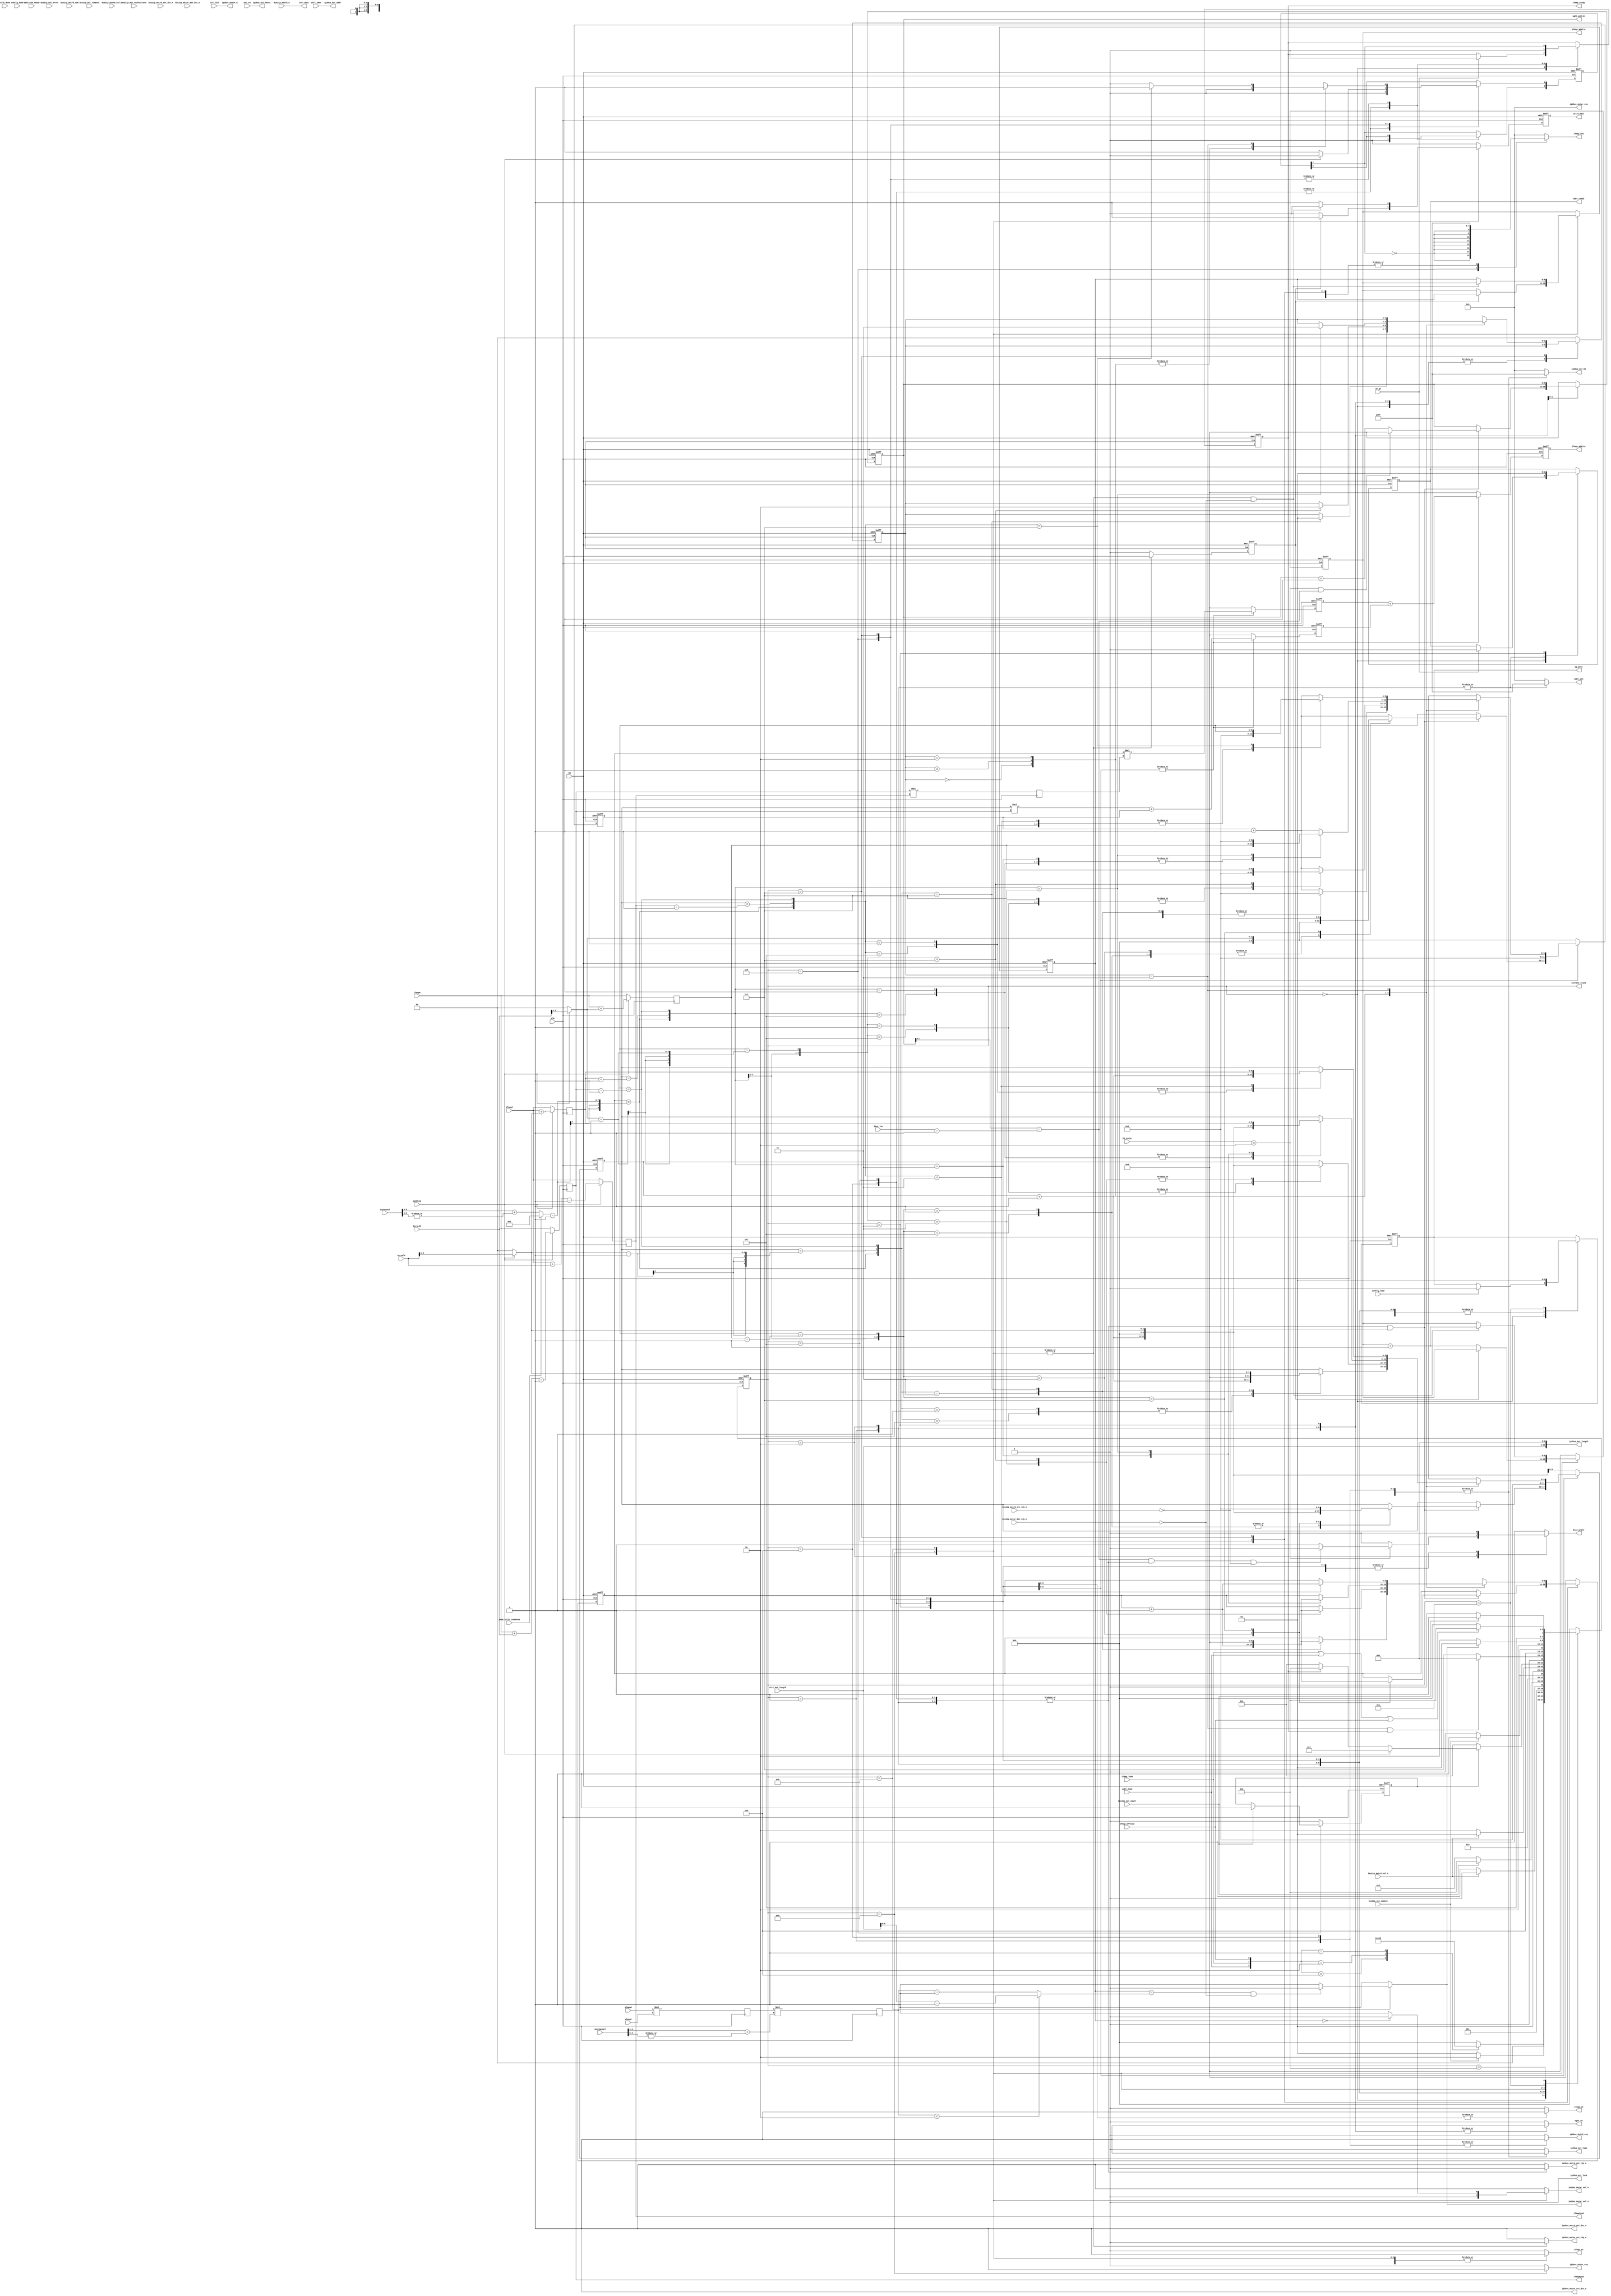
`timescale 1ns / 1ps
//////////////////////////////////////////////////////////////////////////////////
// Company: 
// Engineer: 
// 
// Design Name: 
// Module Name: data_fectch_ctrl
// Project Name: 
// Target Devices: 
// Tool Versions: 
// Description: 
// 
// Dependencies: 
// 
// Revision:
// Revision 0.01 - File Created
// Additional Comments:
// 
//////////////////////////////////////////////////////////////////////////////////

`define C_M_AXI_ADDR_WIDTH 32
`define C_M_AXI_DATA_WIDTH 64
`define C_MAX_BURST_LEN 256
`define C_ADDR_PIPE_DEPTH 1 
`define C_LENGTH_WIDTH 14
`define C_NATIVE_DATA_WIDTH 64

module data_fectch_ctrl(clk, rst, axi_rst, wght_load, ifmap_load, ofmap_offload, padding,
                        psum_split_condense, ifmapR, ifmapC, ofmapR, ofmapC, kernelR, kernelC, inchannel, outchannel, bias_len, ifmapRpad, ifmapCpad, current_state,
                        ifmap_en, wght_en, ofmap_en, config_load, config_done, op_go, ifmap_ready, wght_ready, op_done, bias_write, write_halt, ifmap_wen, wght_wen, 
                        ifmap_addrin, wght_addrin, ofmap_addrin, dataload_ready, tile_done, PE_state, 
                        ctrl_addr, ctrl_mst_length, ctrl_din, ctrl_dout,
                        ip2bus_mstrd_req, ip2bus_mstwr_req, ip2bus_mst_addr, ip2bus_mst_be, ip2bus_mst_length, ip2bus_mst_type, ip2bus_mst_lock, ip2bus_mst_reset, 
                        bus2ip_mst_cmdack, bus2ip_mst_cmplt, bus2ip_mst_error, bus2ip_mst_rearbitrate, bus2ip_mst_timeout,
                        bus2ip_mstrd_d, bus2ip_mstrd_rem, bus2ip_mstrd_sof_n, bus2ip_mstrd_eof_n, bus2ip_mstrd_src_rdy_n, bus2ip_mstrd_src_dsc_n, ip2bus_mstrd_dst_rdy_n, ip2bus_mstrd_dst_dsc_n, 
                        ip2bus_mstwr_d, ip2bus_mstwr_rem, ip2bus_mstwr_src_rdy_n, ip2bus_mstwr_src_dsc_n, ip2bus_mstwr_sof_n, ip2bus_mstwr_eof_n, bus2ip_mstwr_dst_rdy_n, bus2ip_mstwr_dst_dsc_n
                        );

parameter wd=8;
// FSM of data fetching controller
parameter idle=4'd0, load_wght_req=4'd1, load_wght_burst=4'd2, load_wght_cmplt=4'd3, load_ifmap_req=4'd4, load_ifmap_burst=4'd5, load_ifmap_cmplt=4'd6, ifmap_filling_zero=4'd7, offload_ofmap_req=4'd8, offload_ofmap_burst=4'd9, offload_ofmap_cmplt=4'd10, burst_clear=4'd11;
parameter fill_left=2'd0, fill_up=2'd1, fill_down=2'd2, fill_right=2'd3;
// FSM of computation controller
parameter load_tile_config=4'd1, load_data_b=4'd2, load_data=4'd3, PE_shift_wght=4'd4, slice_check=4'd5, MAC_op=4'd6, offload_ofmap=4'd7, ready_go=4'd8, pooling=4'd9;

// Data Fetch ctrl
input clk,rst,wght_load,ifmap_load,ofmap_offload,padding;

// Tile Shape Info
input psum_split_condense;
input [5:0] ifmapR,ifmapC,ofmapR,ofmapC;
input [2:0] kernelR,kernelC;
input [9:0] inchannel;
input [4:0] outchannel;
input [1:0] bias_len;
output [5:0] ifmapRpad,ifmapCpad;

// FSM
output [3:0] current_state;
reg [3:0] current_state, next_state;


// PE array ctrl
output reg ifmap_en,wght_en,ofmap_en,ifmap_ready,wght_ready,op_done,bias_write,write_halt;
output reg [7:0] ifmap_wen;
output reg [7:0] wght_wen;
output reg [9:0] ifmap_addrin;
output reg [9:0] wght_addrin;
output reg [9:0] ofmap_addrin;
input config_load,config_done,op_go,dataload_ready,tile_done;
input [3:0] PE_state;


// IPIC ctrl
input axi_rst;
input [`C_M_AXI_ADDR_WIDTH-1:0] ctrl_addr;
input [`C_LENGTH_WIDTH-1:3] ctrl_mst_length;
input [`C_NATIVE_DATA_WIDTH-1:0] ctrl_din;
output [`C_NATIVE_DATA_WIDTH-1:0] ctrl_dout;
//IPIC command Interface
output reg ip2bus_mstrd_req;
output reg ip2bus_mstwr_req;
output [`C_M_AXI_ADDR_WIDTH-1:0]ip2bus_mst_addr;
output reg [(`C_M_AXI_DATA_WIDTH/8)-1:0]ip2bus_mst_be;
output [`C_LENGTH_WIDTH-1:0]ip2bus_mst_length;
output reg ip2bus_mst_type;
output ip2bus_mst_lock;
output ip2bus_mst_reset;
input bus2ip_mst_cmdack;
input bus2ip_mst_cmplt;
input bus2ip_mst_error;
input bus2ip_mst_rearbitrate;
input bus2ip_mst_timeout;
//IPIC read
input [`C_NATIVE_DATA_WIDTH-1:0]bus2ip_mstrd_d;
input [(`C_M_AXI_DATA_WIDTH/8)-1:0]bus2ip_mstrd_rem;
input bus2ip_mstrd_sof_n;
input bus2ip_mstrd_eof_n;
input bus2ip_mstrd_src_rdy_n;
input bus2ip_mstrd_src_dsc_n;
output reg ip2bus_mstrd_dst_rdy_n;
output ip2bus_mstrd_dst_dsc_n;
//IPIC Write
output [`C_NATIVE_DATA_WIDTH-1:0]ip2bus_mstwr_d;
output [(`C_M_AXI_DATA_WIDTH/8)-1:0]ip2bus_mstwr_rem;
output reg ip2bus_mstwr_src_rdy_n;
output ip2bus_mstwr_src_dsc_n;
output reg ip2bus_mstwr_sof_n;
output reg ip2bus_mstwr_eof_n;
input bus2ip_mstwr_dst_rdy_n;
input bus2ip_mstwr_dst_dsc_n;


// data shape counters
wire [9:0] n_psum_slices,npslccon,npslcinch;
wire [1:0] outchsplit;
wire [5:0] Irref,Icref;
wire [9:0] Psplitref;
wire [2:0] ifmap_order_ovf;
wire [1:0] padr,padc;
reg [5:0] ifmapRpad,ifmapCpad,ifmapRinner,ifmapCinner;
reg [5:0] Iridx,Icidx;
reg [9:0] Psplitidx;
wire bias_ovf;
reg [9:0] i2dsize,slc_iaddrb_ic,slc_iaddrb_ps;
reg [9:0] o2dsize,ofmapsize;
wire [9:0] offofref;

reg [9:0] burst_cnt;

// state flags
wire zerofilled;
reg wr_cache,ifmapcmplt;
reg [1:0] fill_step,rdydly;

/*
                                                          ffffffffffffffff    iiii                      
                                                         f::::::::::::::::f  i::::i                     
                                                        f::::::::::::::::::f  iiii                      
                                                        f::::::fffffff:::::f                            
    cccccccccccccccc   ooooooooooo   nnnn  nnnnnnnn     f:::::f       ffffffiiiiiii    ggggggggg   ggggg
  cc:::::::::::::::c oo:::::::::::oo n:::nn::::::::nn   f:::::f             i:::::i   g:::::::::ggg::::g
 c:::::::::::::::::co:::::::::::::::on::::::::::::::nn f:::::::ffffff        i::::i  g:::::::::::::::::g
c:::::::cccccc:::::co:::::ooooo:::::onn:::::::::::::::nf::::::::::::f        i::::i g::::::ggggg::::::gg
c::::::c     ccccccco::::o     o::::o  n:::::nnnn:::::nf::::::::::::f        i::::i g:::::g     g:::::g 
c:::::c             o::::o     o::::o  n::::n    n::::nf:::::::ffffff        i::::i g:::::g     g:::::g 
c:::::c             o::::o     o::::o  n::::n    n::::n f:::::f              i::::i g:::::g     g:::::g 
c::::::c     ccccccco::::o     o::::o  n::::n    n::::n f:::::f              i::::i g::::::g    g:::::g 
c:::::::cccccc:::::co:::::ooooo:::::o  n::::n    n::::nf:::::::f            i::::::ig:::::::ggggg:::::g 
 c:::::::::::::::::co:::::::::::::::o  n::::n    n::::nf:::::::f            i::::::i g::::::::::::::::g 
  cc:::::::::::::::c oo:::::::::::oo   n::::n    n::::nf:::::::f            i::::::i  gg::::::::::::::g 
    cccccccccccccccc   ooooooooooo     nnnnnn    nnnnnnfffffffff            iiiiiiii    gggggggg::::::g 
                                                                                                g:::::g 
                                                                                    gggggg      g:::::g 
                                                                                    g:::::gg   gg:::::g 
                                                                                     g::::::ggg:::::::g 
                                                                                      gg:::::::::::::g  
                                                                                        ggg::::::ggg    
                                                                                           gggggg       
*/

// tile config calculation
assign npslccon=10'd1;
assign npslcinch={3'd0, inchannel[9:3] + ( |inchannel[2:0] ) };
assign n_psum_slices=psum_split_condense ? npslccon : npslcinch;
assign outchsplit=outchannel[4:3] + ( |outchannel[2:0] );
assign Irref=ifmapRinner-1'b1;
assign Icref=ifmapCinner-1'b1;
assign offofref= ofmapsize<2 ? ctrl_mst_length-1'b1 : ofmapsize-1'b1;
assign padr=padding ? kernelR[2:1] : 2'd0;
assign padc=padding ? kernelC[2:1] : 2'd0;
assign Psplitref=n_psum_slices-1'b1;
assign ifmap_order_ovf={Psplitidx==Psplitref, Icidx==Icref, Iridx==Irref};

assign bias_ovf = wght_addrin[1:0]==bias_len-1'b1;
assign zerofilled = (fill_step==2'd3 && ifmap_ready==1'b1);

// addr gen pipeline
always @(posedge clk) 
begin
    i2dsize<=ifmapRpad*ifmapCpad;
    o2dsize<=ofmapR*ofmapC;
    ofmapsize<=o2dsize*outchsplit;

    if (padding) 
    begin
        ifmapCpad<=ifmapC+kernelC-1'b1;
        ifmapRpad<=ifmapR+kernelR-1'b1;
        ifmapCinner<=ifmapC+padc;
        ifmapRinner<=ifmapR+padr;
    end 
    else 
    begin
        ifmapCpad<=ifmapC;
        ifmapRpad<=ifmapR;
        ifmapCinner<=ifmapC;
        ifmapRinner=ifmapR;
    end
end

// IPIC 
assign ip2bus_mstwr_rem = 8'b00000000;
assign ip2bus_mstwr_d = ctrl_din;
assign ctrl_dout = bus2ip_mstrd_d;
assign ip2bus_mst_addr = ctrl_addr;
assign ip2bus_mst_length = {ctrl_mst_length,3'b0};
assign ip2bus_mst_lock = 1'b0;
assign ip2bus_mst_reset = axi_rst;

/*
FFFFFFFFFFFFFFFFFFFFFF   SSSSSSSSSSSSSSS MMMMMMMM               MMMMMMMM
F::::::::::::::::::::F SS:::::::::::::::SM:::::::M             M:::::::M
F::::::::::::::::::::FS:::::SSSSSS::::::SM::::::::M           M::::::::M
FF::::::FFFFFFFFF::::FS:::::S     SSSSSSSM:::::::::M         M:::::::::M
  F:::::F       FFFFFFS:::::S            M::::::::::M       M::::::::::M
  F:::::F             S:::::S            M:::::::::::M     M:::::::::::M
  F::::::FFFFFFFFFF    S::::SSSS         M:::::::M::::M   M::::M:::::::M
  F:::::::::::::::F     SS::::::SSSSS    M::::::M M::::M M::::M M::::::M
  F:::::::::::::::F       SSS::::::::SS  M::::::M  M::::M::::M  M::::::M
  F::::::FFFFFFFFFF          SSSSSS::::S M::::::M   M:::::::M   M::::::M
  F:::::F                         S:::::SM::::::M    M:::::M    M::::::M
  F:::::F                         S:::::SM::::::M     MMMMM     M::::::M
FF:::::::FF           SSSSSSS     S:::::SM::::::M               M::::::M
F::::::::FF           S::::::SSSSSS:::::SM::::::M               M::::::M
F::::::::FF           S:::::::::::::::SS M::::::M               M::::::M
FFFFFFFFFFF            SSSSSSSSSSSSSSS   MMMMMMMM               MMMMMMMM
*/

always @(posedge clk or posedge rst) 
begin
    if (rst) 
        current_state <= idle; 
    else 
        current_state <= next_state; 
end

always @(current_state or bus2ip_mst_cmdack or wght_load or ifmap_load or ofmap_offload or bus2ip_mstrd_sof_n or bus2ip_mstrd_eof_n or bus2ip_mst_cmplt or padding or zerofilled or ip2bus_mstwr_sof_n or ip2bus_mstwr_eof_n or ifmapcmplt or ifmap_ready) 
begin
    case (current_state)
        idle: 
        begin
            // if (burst_trig) begin
            //     next_state=idle;
            // end else begin
            case ({wght_load,ifmap_load,ofmap_offload})
                3'b100: next_state=load_wght_req;
                3'b010: next_state=load_ifmap_req;
                3'b001: next_state=offload_ofmap_req;
                default: next_state=idle;
            endcase
            //end
        end
        load_wght_req:
        begin
            if (!bus2ip_mst_cmdack)
                next_state=load_wght_req;
            else
                next_state=load_wght_burst;
        end
        load_wght_burst:
        begin
            if (bus2ip_mstrd_eof_n)
                next_state=load_wght_burst;
            else
                next_state=load_wght_cmplt;
        end
        load_wght_cmplt:
        begin
            if (bus2ip_mst_cmplt)
                next_state=burst_clear;
            else
                next_state=load_wght_cmplt;
        end
        load_ifmap_req:
        begin
            if (!bus2ip_mst_cmdack)
                next_state=load_ifmap_req;
            else
                next_state=load_ifmap_burst;
        end
        load_ifmap_burst:
        begin
            if (bus2ip_mstrd_eof_n)
                next_state=load_ifmap_burst;
            else
                next_state=load_ifmap_cmplt;
        end
        load_ifmap_cmplt:
        begin
            if (ifmapcmplt) begin
                if (padding) begin
                    next_state=ifmap_filling_zero; 
                end else begin
                    if (ifmap_ready) 
                        next_state=burst_clear;
                    else 
                        next_state=load_ifmap_cmplt;
                end
            end else begin
                next_state=load_ifmap_cmplt;
            end
        end
        ifmap_filling_zero:
        begin
            if (zerofilled)
                next_state=idle;
            else
                next_state=ifmap_filling_zero;
        end
        offload_ofmap_req:
        begin
            if (!bus2ip_mst_cmdack)
                next_state=offload_ofmap_req;
            else
                next_state=offload_ofmap_burst;
        end
        offload_ofmap_burst:
        begin
            if (ip2bus_mstwr_eof_n) 
                next_state=offload_ofmap_burst;
            else
                next_state=offload_ofmap_cmplt;
        end
        offload_ofmap_cmplt:
        begin
            if (bus2ip_mst_cmplt)
                next_state=burst_clear;
            else
                next_state=offload_ofmap_cmplt;
        end
        burst_clear:
        begin
            if (ifmap_load || wght_load || ofmap_offload) begin
                next_state=burst_clear;
            end else begin
                next_state=idle;
            end
        end
        default: 
            next_state=idle;
    endcase
end

/*
                                                                                                           bbbbbbbb            
DDDDDDDDDDDDD      FFFFFFFFFFFFFFFFFFFFFF             CCCCCCCCCCCCC                                        b::::::b            
D::::::::::::DDD   F::::::::::::::::::::F          CCC::::::::::::C                                        b::::::b            
D:::::::::::::::DD F::::::::::::::::::::F        CC:::::::::::::::C                                        b::::::b            
DDD:::::DDDDD:::::DFF::::::FFFFFFFFF::::F       C:::::CCCCCCCC::::C                                         b:::::b            
  D:::::D    D:::::D F:::::F       FFFFFF      C:::::C       CCCCCC   ooooooooooo      mmmmmmm    mmmmmmm   b:::::bbbbbbbbb    
  D:::::D     D:::::DF:::::F                  C:::::C               oo:::::::::::oo  mm:::::::m  m:::::::mm b::::::::::::::bb  
  D:::::D     D:::::DF::::::FFFFFFFFFF        C:::::C              o:::::::::::::::om::::::::::mm::::::::::mb::::::::::::::::b 
  D:::::D     D:::::DF:::::::::::::::F        C:::::C              o:::::ooooo:::::om::::::::::::::::::::::mb:::::bbbbb:::::::b
  D:::::D     D:::::DF:::::::::::::::F        C:::::C              o::::o     o::::om:::::mmm::::::mmm:::::mb:::::b    b::::::b
  D:::::D     D:::::DF::::::FFFFFFFFFF        C:::::C              o::::o     o::::om::::m   m::::m   m::::mb:::::b     b:::::b
  D:::::D     D:::::DF:::::F                  C:::::C              o::::o     o::::om::::m   m::::m   m::::mb:::::b     b:::::b
  D:::::D    D:::::D F:::::F                   C:::::C       CCCCCCo::::o     o::::om::::m   m::::m   m::::mb:::::b     b:::::b
DDD:::::DDDDD:::::DFF:::::::FF                  C:::::CCCCCCCC::::Co:::::ooooo:::::om::::m   m::::m   m::::mb:::::bbbbbb::::::b
D:::::::::::::::DD F::::::::FF                   CC:::::::::::::::Co:::::::::::::::om::::m   m::::m   m::::mb::::::::::::::::b 
D::::::::::::DDD   F::::::::FF                     CCC::::::::::::C oo:::::::::::oo m::::m   m::::m   m::::mb:::::::::::::::b  
DDDDDDDDDDDDD      FFFFFFFFFFF                        CCCCCCCCCCCCC   ooooooooooo   mmmmmm   mmmmmm   mmmmmmbbbbbbbbbbbbbbbb   
*/

assign ip2bus_mstwr_src_dsc_n = 1'b1;
assign ip2bus_mstrd_dst_dsc_n = 1'b1;

always @(current_state) 
begin
    case (current_state)
        idle: 
        begin
            ip2bus_mstrd_req=1'b0;
            ip2bus_mstwr_req=1'b0;
            ip2bus_mst_be=8'b00000000;
            ip2bus_mst_type=1'b0;
        end
        load_wght_req:
        begin
            ip2bus_mstrd_req=1'b1;
            ip2bus_mstwr_req=1'b0;
            ip2bus_mst_be=8'b11111111;
            ip2bus_mst_type=1'b1;
        end
        load_ifmap_req:
        begin
            ip2bus_mstrd_req=1'b1;
            ip2bus_mstwr_req=1'b0;
            ip2bus_mst_be=8'b11111111;
            ip2bus_mst_type=1'b1;
        end
        offload_ofmap_req:
        begin
            ip2bus_mstrd_req=1'b0;
            ip2bus_mstwr_req=1'b1;
            ip2bus_mst_be=8'b11111111;
            ip2bus_mst_type=1'b1;
        end
        default: 
        begin
            ip2bus_mstrd_req=1'b0;
            ip2bus_mstwr_req=1'b0;
            ip2bus_mst_be=8'b00000000;
            ip2bus_mst_type=1'b0;
        end
    endcase
end



always @(current_state or burst_cnt or offofref or bus2ip_mstwr_dst_rdy_n) 
begin
    case (current_state)
        idle: 
        begin
            ip2bus_mstrd_dst_rdy_n=1'b1;
            ip2bus_mstwr_src_rdy_n=1'b1;
            ip2bus_mstwr_sof_n=1'b1;
            ip2bus_mstwr_eof_n=1'b1;
        end
        load_wght_req,load_wght_burst,load_ifmap_req,load_ifmap_burst:
        begin
            ip2bus_mstrd_dst_rdy_n=1'b0;
            ip2bus_mstwr_src_rdy_n=1'b1;
            ip2bus_mstwr_sof_n=1'b1;
            ip2bus_mstwr_eof_n=1'b1;
        end
        load_wght_cmplt,load_ifmap_cmplt,ifmap_filling_zero,offload_ofmap_cmplt:
        begin
            ip2bus_mstrd_dst_rdy_n=1'b1;
            ip2bus_mstwr_src_rdy_n=1'b1;
            ip2bus_mstwr_sof_n=1'b1;
            ip2bus_mstwr_eof_n=1'b1;
        end
        offload_ofmap_req:
        begin
            ip2bus_mstrd_dst_rdy_n=1'b1;
            ip2bus_mstwr_src_rdy_n=1'b0;
            ip2bus_mstwr_sof_n=1'b0;
            ip2bus_mstwr_eof_n=1'b1;
        end
        offload_ofmap_burst:
        begin
            ip2bus_mstrd_dst_rdy_n=1'b1;
            ip2bus_mstwr_src_rdy_n=1'b0;

            if (burst_cnt==10'd0) 
                ip2bus_mstwr_sof_n=1'b0;
            else 
                ip2bus_mstwr_sof_n=1'b1;

            if (burst_cnt==offofref && !bus2ip_mstwr_dst_rdy_n)
                ip2bus_mstwr_eof_n=1'b0;
            else
                ip2bus_mstwr_eof_n=1'b1;
        end
        default: 
        begin
            ip2bus_mstrd_dst_rdy_n=1'b1;
            ip2bus_mstwr_src_rdy_n=1'b1;
            ip2bus_mstwr_sof_n=1'b1;
            ip2bus_mstwr_eof_n=1'b1;
        end
    endcase
end



/*
PPPPPPPPPPPPPPPPP   EEEEEEEEEEEEEEEEEEEEEE             CCCCCCCCCCCCC                                        b::::::b            
P::::::::::::::::P  E::::::::::::::::::::E          CCC::::::::::::C                                        b::::::b            
P::::::PPPPPP:::::P E::::::::::::::::::::E        CC:::::::::::::::C                                        b::::::b            
PP:::::P     P:::::PEE::::::EEEEEEEEE::::E       C:::::CCCCCCCC::::C                                         b:::::b            
  P::::P     P:::::P  E:::::E       EEEEEE      C:::::C       CCCCCC   ooooooooooo      mmmmmmm    mmmmmmm   b:::::bbbbbbbbb    
  P::::P     P:::::P  E:::::E                  C:::::C               oo:::::::::::oo  mm:::::::m  m:::::::mm b::::::::::::::bb  
  P::::PPPPPP:::::P   E::::::EEEEEEEEEE        C:::::C              o:::::::::::::::om::::::::::mm::::::::::mb::::::::::::::::b 
  P:::::::::::::PP    E:::::::::::::::E        C:::::C              o:::::ooooo:::::om::::::::::::::::::::::mb:::::bbbbb:::::::b
  P::::PPPPPPPPP      E:::::::::::::::E        C:::::C              o::::o     o::::om:::::mmm::::::mmm:::::mb:::::b    b::::::b
  P::::P              E::::::EEEEEEEEEE        C:::::C              o::::o     o::::om::::m   m::::m   m::::mb:::::b     b:::::b
  P::::P              E:::::E                  C:::::C              o::::o     o::::om::::m   m::::m   m::::mb:::::b     b:::::b
  P::::P              E:::::E       EEEEEE      C:::::C       CCCCCCo::::o     o::::om::::m   m::::m   m::::mb:::::b     b:::::b
PP::::::PP          EE::::::EEEEEEEE:::::E       C:::::CCCCCCCC::::Co:::::ooooo:::::om::::m   m::::m   m::::mb:::::bbbbbb::::::b
P::::::::P          E::::::::::::::::::::E        CC:::::::::::::::Co:::::::::::::::om::::m   m::::m   m::::mb::::::::::::::::b 
P::::::::P          E::::::::::::::::::::E          CCC::::::::::::C oo:::::::::::oo m::::m   m::::m   m::::mb:::::::::::::::b  
PPPPPPPPPP          EEEEEEEEEEEEEEEEEEEEEE             CCCCCCCCCCCCC   ooooooooooo   mmmmmm   mmmmmm   mmmmmmbbbbbbbbbbbbbbbb   
*/

always @(current_state or PE_state or bias_ovf or ip2bus_mstrd_dst_rdy_n or bus2ip_mstrd_src_rdy_n or rdydly) 
begin
    case (current_state)
        idle: 
        begin
            ifmap_en=1'b0;
            wght_en=1'b0;
            ofmap_en=1'b0;
            ifmap_wen=8'b00000000;
            wght_wen=8'b00000000;
            bias_write=1'b1;
        end
        load_wght_req:
        begin
            ifmap_en=1'b0;
            wght_en=1'b1;
            ofmap_en=1'b0;
            ifmap_wen=8'b00000000;
            wght_wen=8'b11111111;
            bias_write=1'b1;
        end
        load_wght_burst:
        begin
            ifmap_en=1'b0;
            wght_en=1'b1;
            ofmap_en=1'b0;
            ifmap_wen=8'b00000000;
            wght_wen=8'b11111111;
            if (PE_state==load_data_b) 
            begin
                if (bias_ovf && !ip2bus_mstrd_dst_rdy_n && !bus2ip_mstrd_src_rdy_n) 
                    bias_write=1'b0;
                else 
                    bias_write=1'b1;
            end 
            else 
                bias_write=1'b0;
        end
        load_wght_cmplt:
        begin
            ifmap_en=1'b0;
            wght_en=1'b1;
            ofmap_en=1'b0;
            ifmap_wen=8'b00000000;
            wght_wen=8'b00000000;
            bias_write=1'b0;
        end
        load_ifmap_req:
        begin
            ifmap_en=1'b1;
            wght_en=1'b0;
            ofmap_en=1'b0;
            ifmap_wen=8'b11111111;
            wght_wen=8'b00000000;
            bias_write=1'b0;
        end
        load_ifmap_burst:
        begin
            ifmap_en=1'b1;
            wght_en=1'b0;
            ofmap_en=1'b0;
            ifmap_wen=8'b11111111;
            wght_wen=8'b00000000;
            bias_write=1'b0;
        end
        load_ifmap_cmplt:
        begin
            ifmap_en=1'b1;
            wght_en=1'b0;
            ofmap_en=1'b0;
            ifmap_wen={8{~rdydly[1]}};
            wght_wen=8'b00000000;
            bias_write=1'b0;
        end
        ifmap_filling_zero:
        begin
            ifmap_en=1'b1;
            wght_en=1'b0;
            ofmap_en=1'b0;
            ifmap_wen=8'b11111111;
            wght_wen=8'b00000000;
            bias_write=1'b0;
        end
        offload_ofmap_req:
        begin
            ifmap_en=1'b0;
            wght_en=1'b0;
            ofmap_en=1'b1;
            ifmap_wen=8'b00000000;
            wght_wen=8'b00000000;
            bias_write=1'b0;
        end
        offload_ofmap_burst:
        begin
            ifmap_en=1'b0;
            wght_en=1'b0;
            ofmap_en=1'b1;
            ifmap_wen=8'b00000000;
            wght_wen=8'b00000000;
            bias_write=1'b0;
        end
        offload_ofmap_cmplt:
        begin
            ifmap_en=1'b0;
            wght_en=1'b0;
            ofmap_en=1'b1;
            ifmap_wen=8'b00000000;
            wght_wen=8'b00000000;
            bias_write=1'b0;
        end
        default: 
        begin
            ifmap_en=1'b0;
            wght_en=1'b0;
            ofmap_en=1'b0;
            ifmap_wen=8'b00000000;
            wght_wen=8'b00000000;
            bias_write=1'b1;
        end
    endcase
end


/*
PPPPPPPPPPPPPPPPP   EEEEEEEEEEEEEEEEEEEEEE        SSSSSSSSSSSSSSS                                         
P::::::::::::::::P  E::::::::::::::::::::E      SS:::::::::::::::S                                        
P::::::PPPPPP:::::P E::::::::::::::::::::E     S:::::SSSSSS::::::S                                        
PP:::::P     P:::::PEE::::::EEEEEEEEE::::E     S:::::S     SSSSSSS                                        
  P::::P     P:::::P  E:::::E       EEEEEE     S:::::S                eeeeeeeeeeee       qqqqqqqqq   qqqqq
  P::::P     P:::::P  E:::::E                  S:::::S              ee::::::::::::ee    q:::::::::qqq::::q
  P::::PPPPPP:::::P   E::::::EEEEEEEEEE         S::::SSSS          e::::::eeeee:::::ee q:::::::::::::::::q
  P:::::::::::::PP    E:::::::::::::::E          SS::::::SSSSS    e::::::e     e:::::eq::::::qqqqq::::::qq
  P::::PPPPPPPPP      E:::::::::::::::E            SSS::::::::SS  e:::::::eeeee::::::eq:::::q     q:::::q 
  P::::P              E::::::EEEEEEEEEE               SSSSSS::::S e:::::::::::::::::e q:::::q     q:::::q 
  P::::P              E:::::E                              S:::::Se::::::eeeeeeeeeee  q:::::q     q:::::q 
  P::::P              E:::::E       EEEEEE                 S:::::Se:::::::e           q::::::q    q:::::q 
PP::::::PP          EE::::::EEEEEEEE:::::E     SSSSSSS     S:::::Se::::::::e          q:::::::qqqqq:::::q 
P::::::::P          E::::::::::::::::::::E     S::::::SSSSSS:::::S e::::::::eeeeeeee   q::::::::::::::::q 
P::::::::P          E::::::::::::::::::::E     S:::::::::::::::SS   ee:::::::::::::e    qq::::::::::::::q 
PPPPPPPPPP          EEEEEEEEEEEEEEEEEEEEEE      SSSSSSSSSSSSSSS       eeeeeeeeeeeeee      qqqqqqqq::::::q 
                                                                                                  q:::::q 
                                                                                                  q:::::q 
                                                                                                 q:::::::q
                                                                                                 q:::::::q
                                                                                                 q:::::::q
                                                                                                 qqqqqqqqq
*/

always @(posedge clk or posedge rst) 
begin
    if (rst) begin
        ifmap_ready<=1'b0;
        wght_ready<=1'b0;
        op_done<=1'b0;
        ifmap_addrin<=10'd0;
        wght_addrin<=10'd0;
        ofmap_addrin<=10'd0;
        Iridx<=5'd0;
        Icidx<=5'd0;
        Psplitidx<=10'd0;
        slc_iaddrb_ps<=10'd0;
        slc_iaddrb_ic<=10'd0;
        fill_step<=2'd0;
        rdydly<=2'd0;
        burst_cnt<=10'd0;
        write_halt<=1'b0;
        wr_cache<=1'b0;
        ifmapcmplt<=1'b0;
    end else begin
        case (current_state)
            idle: 
            begin
                if (op_go) 
                begin
                    ifmap_ready<=1'b0;
                    wght_ready<=1'b0;
                end 
                else 
                begin
                    ifmap_ready<=ifmap_ready;
                    wght_ready<=wght_ready;
                end

                if (config_load) 
                    op_done<=1'b0;
                else 
                    op_done<=op_done;

                ifmap_addrin<=10'd0;
                wght_addrin<=10'd0;
                ofmap_addrin<=10'd0;
                Iridx<={3'd0,padr};
                Icidx<={3'd0,padc};
                Psplitidx<=10'd0;
                slc_iaddrb_ps<=10'd0;
                slc_iaddrb_ic<=10'd0;
                fill_step<=fill_step;
                rdydly<=rdydly;
                burst_cnt<=ofmap_addrin;
                write_halt<=1'b0;
                wr_cache<=1'b0;
                ifmapcmplt<=1'b0;
            end
            load_wght_req:
            begin
                ifmap_ready<=ifmap_ready;
                wght_ready<=1'b0;
                op_done<=1'b0;
                ifmap_addrin<=10'd0;
                wght_addrin<=10'd0;
                ofmap_addrin<=10'd0;
                Iridx<={3'd0,padr};
                Icidx<={3'd0,padc};
                Psplitidx<=10'd0;
                slc_iaddrb_ps<=10'd0;
                slc_iaddrb_ic<=10'd0;
                fill_step<=fill_step;
                rdydly<=rdydly;
                burst_cnt<=ofmap_addrin;
                write_halt<=1'b0;
                wr_cache<=1'b0;
                ifmapcmplt<=1'b0;
            end
            load_wght_burst:
            begin
                ifmap_ready<=ifmap_ready;
                wght_ready<=1'b0;
                op_done<=1'b0;
                ifmap_addrin<=10'd0;                
                ofmap_addrin<=10'd0;
                Iridx<={3'd0,padr};
                Icidx<={3'd0,padc};
                Psplitidx<=10'd0;
                slc_iaddrb_ps<=10'd0;
                slc_iaddrb_ic<=10'd0;
                fill_step<=fill_step;
                rdydly<=rdydly;
                burst_cnt<=ofmap_addrin;
                write_halt<=1'b0;
                wr_cache<=1'b0;
                ifmapcmplt<=1'b0;

                if (!ip2bus_mstrd_dst_rdy_n && !bus2ip_mstrd_src_rdy_n) 
                begin
                    if ((PE_state==load_data_b) && bias_ovf) begin
                        wght_addrin<=10'd0;
                    end else begin
                        wght_addrin<=wght_addrin+1'b1;
                    end
                end else begin
                    wght_addrin<=wght_addrin;
                end
            end
            load_wght_cmplt:
            begin
                ifmap_ready<=ifmap_ready;
                wght_ready<=1'b1;
                op_done<=1'b0;
                ifmap_addrin<=10'd0;
                wght_addrin<=wght_addrin;
                ofmap_addrin<=10'd0;
                Iridx<={3'd0,padr};
                Icidx<={3'd0,padc};
                Psplitidx<=10'd0;
                slc_iaddrb_ps<=10'd0;
                slc_iaddrb_ic<=10'd0;
                fill_step<=fill_step;
                rdydly<=rdydly;
                burst_cnt<=ofmap_addrin;
                write_halt<=1'b0;
                wr_cache<=1'b0;
                ifmapcmplt<=1'b0;
            end
            load_ifmap_req:
            begin
                ifmap_ready<=1'b0;
                wght_ready<=wght_ready;
                op_done<=1'b0;
                ifmap_addrin<=10'd0;
                wght_addrin<=10'd0;
                ofmap_addrin<=10'd0;
                Iridx<={3'd0,padr};
                Icidx<={3'd0,padc};
                Psplitidx<=10'd0;
                slc_iaddrb_ps<=10'd0;
                slc_iaddrb_ic<=10'd0;
                fill_step<=2'd0;
                rdydly<=2'd0;
                burst_cnt<=ofmap_addrin;
                write_halt<=1'b0;
                wr_cache<=1'b0;
                ifmapcmplt<=1'b0;
            end
            load_ifmap_burst:
            begin
                ifmap_ready<=1'b0;
                wght_ready<=wght_ready;
                op_done<=1'b0;
                wght_addrin<=10'd0;
                ofmap_addrin<=10'd0;
                fill_step<=2'd0;
                rdydly<=2'd0;
                burst_cnt<=ofmap_addrin;
                write_halt<=1'b0;
                wr_cache<=1'b0;
                ifmapcmplt<=1'b0;

                if (!ip2bus_mstrd_dst_rdy_n && !bus2ip_mstrd_src_rdy_n) 
                begin
                    case (ifmap_order_ovf)
                        3'b001,3'b101: 
                        begin
                            Iridx<={3'd0,padr};
                            Icidx<=Icidx+1'b1;
                            Psplitidx<=Psplitidx;
                        end
                        3'b011:
                        begin
                            Iridx<={3'd0,padr};
                            Icidx<={3'd0,padc};
                            Psplitidx<=Psplitidx+1'b1;
                        end
                        3'b111:
                        begin
                            Iridx<=5'd0;
                            Icidx<=5'd0;
                            Psplitidx<=10'd0;
                        end
                        default: 
                        begin
                            Iridx<=Iridx+1'b1;
                            Icidx<=Icidx;
                            Psplitidx<=Psplitidx;
                        end
                    endcase
                end
                else
                begin
                    Iridx<=Iridx;
                    Icidx<=Icidx;
                    Psplitidx<=Psplitidx;
                end
                
                slc_iaddrb_ps<=Psplitidx*i2dsize;
                slc_iaddrb_ic<=Icidx*ifmapRpad+Iridx;

                ifmap_addrin<=slc_iaddrb_ps+slc_iaddrb_ic;

            end
            load_ifmap_cmplt:
            begin
                wght_ready<=wght_ready;
                op_done<=1'b0;
                wght_addrin<=10'd0;
                ofmap_addrin<=10'd0;
                fill_step<=2'd0;
                burst_cnt<=ofmap_addrin;
                write_halt<=1'b0;
                wr_cache<=1'b0;

                if (bus2ip_mst_cmplt)
                    ifmapcmplt<=1'b1;
                else
                    ifmapcmplt<=ifmapcmplt;

                ifmap_ready<=rdydly[1];
                rdydly<=rdydly<<1;
                if (padding) 
                    rdydly[0]<=1'b0;
                else 
                    rdydly[0]<=1'b1;

                Iridx<=5'd0;
                Icidx<=5'd0;
                Psplitidx<=10'd0;

                slc_iaddrb_ps<=Psplitidx*i2dsize;
                slc_iaddrb_ic<=Icidx*ifmapRpad+Iridx;

                ifmap_addrin<=slc_iaddrb_ps+slc_iaddrb_ic;
            end
            ifmap_filling_zero:
            begin
                wght_ready<=wght_ready;
                op_done<=1'b0;
                wght_addrin<=10'd0;
                ofmap_addrin<=10'd0;
                rdydly<=rdydly<<1;
                ifmap_ready<=rdydly[1];
                burst_cnt<=ofmap_addrin;
                write_halt<=1'b0;
                wr_cache<=1'b0;
                ifmapcmplt<=1'b0;

                case (fill_step)
                    2'd0: 
                    begin
                        rdydly[0]<=1'b0;
                        case ({Psplitidx==Psplitref,Icidx==padc-1'b1, Iridx==ifmapRpad-1'b1})
                            3'b001,3'b101:
                            begin
                                Iridx<=5'd0;
                                Icidx<=Icidx+1'b1;
                                Psplitidx<=Psplitidx;
                                fill_step<=fill_step;
                            end 
                            3'b011:
                            begin
                                Iridx<=5'd0;
                                Icidx<=5'd0;
                                Psplitidx<=Psplitidx+1'b1;
                                fill_step<=fill_step;
                            end
                            3'b111:
                            begin
                                Iridx<=5'd0;
                                Icidx<={3'd0,padc};
                                Psplitidx<=10'd0;
                                fill_step<=2'd1;
                            end
                            default: 
                            begin
                                Iridx<=Iridx+1'b1;
                                Icidx<=Icidx;
                                Psplitidx<=Psplitidx;
                                fill_step<=fill_step;
                            end
                        endcase
                    end
                    2'd1:
                    begin
                        rdydly[0]<=1'b0;
                        case ({Psplitidx==Psplitref,Icidx==Icref, Iridx==padr-1'b1})
                            3'b001,3'b101:
                            begin
                                Iridx<=5'd0;
                                Icidx<=Icidx+1'b1;
                                Psplitidx<=Psplitidx;
                                fill_step<=fill_step;
                            end 
                            3'b011:
                            begin
                                Iridx<=5'd0;
                                Icidx<={3'd0,padc};
                                Psplitidx<=Psplitidx+1'b1;
                                fill_step<=fill_step;
                            end
                            3'b111:
                            begin
                                Iridx<=ifmapRinner;
                                Icidx<={3'd0,padc};
                                Psplitidx<=10'd0;
                                fill_step<=2'd2;
                            end
                            default: 
                            begin
                                Iridx<=Iridx+1'b1;
                                Icidx<=Icidx;
                                Psplitidx<=Psplitidx;
                                fill_step<=fill_step;
                            end
                        endcase
                    end
                    2'd2:
                    begin
                        rdydly[0]<=1'b0;
                        case ({Psplitidx==Psplitref,Icidx==Icref, Iridx==ifmapRpad-1'b1})
                            3'b001,3'b101:
                            begin
                                Iridx<=ifmapRinner;
                                Icidx<=Icidx+1'b1;
                                Psplitidx<=Psplitidx;
                                fill_step<=fill_step;
                            end 
                            3'b011:
                            begin
                                Iridx<=ifmapRinner;
                                Icidx<={3'd0,padc};
                                Psplitidx<=Psplitidx+1'b1;
                                fill_step<=fill_step;
                            end
                            3'b111:
                            begin
                                Iridx<=5'd0;
                                Icidx<=ifmapCinner;
                                Psplitidx<=10'd0;
                                fill_step<=2'd3;
                            end
                            default: 
                            begin
                                Iridx<=Iridx+1'b1;
                                Icidx<=Icidx;
                                Psplitidx<=Psplitidx;
                                fill_step<=fill_step;
                            end
                        endcase
                    end
                    2'd3:
                    begin
                        case ({Psplitidx==Psplitref,Icidx==ifmapCpad-1'b1, Iridx==ifmapRpad-1'b1})
                            3'b001,3'b101:
                            begin
                                Iridx<=5'd0;
                                Icidx<=Icidx+1'b1;
                                Psplitidx<=Psplitidx;
                                fill_step<=fill_step;
                                rdydly[0]<=1'b0;
                            end 
                            3'b011:
                            begin
                                Iridx<=5'd0;
                                Icidx<=ifmapCinner;
                                Psplitidx<=Psplitidx+1'b1;
                                fill_step<=fill_step;
                                rdydly[0]<=1'b0;
                            end
                            3'b111:
                            begin
                                Iridx<=Iridx;
                                Icidx<=Icidx;
                                Psplitidx<=Psplitidx;
                                fill_step<=fill_step;
                                rdydly[0]<=1'b1;
                            end
                            default: 
                            begin
                                Iridx<=Iridx+1'b1;
                                Icidx<=Icidx;
                                Psplitidx<=Psplitidx;
                                fill_step<=fill_step;
                                rdydly[0]<=1'b0;
                            end
                        endcase
                    end
                    default: 
                    begin
                        Iridx<=Iridx;
                        Icidx<=Icidx;
                        Psplitidx<=Psplitidx;
                        fill_step<=fill_step;
                        ifmap_ready<=ifmap_ready;
                        rdydly[0]<=rdydly[0];
                    end
                endcase

                slc_iaddrb_ps<=Psplitidx*i2dsize;
                slc_iaddrb_ic<=Icidx*ifmapRpad+Iridx;

                ifmap_addrin<=slc_iaddrb_ps+slc_iaddrb_ic;

            end
            offload_ofmap_req:
            begin
                ifmap_ready<=ifmap_ready;
                wght_ready<=wght_ready;
                op_done<=1'b0;
                ifmap_addrin<=10'd0;
                wght_addrin<=10'd0;
                Iridx<={3'd0,padr};
                Icidx<={3'd0,padc};
                Psplitidx<=10'd0;
                slc_iaddrb_ps<=10'd0;
                slc_iaddrb_ic<=10'd0;
                fill_step<=2'd0;
                rdydly<=rdydly;
                wr_cache<=1'b1;
                ifmapcmplt<=1'b0;

                if (wr_cache) 
                begin
                    ofmap_addrin<=ofmap_addrin;
                    burst_cnt<=burst_cnt;
                    write_halt<=1'b1;
                end 
                else 
                begin
                    ofmap_addrin<=ofmap_addrin+1'b1;
                    burst_cnt<=ofmap_addrin;
                    write_halt<=1'b0;
                end
            end
            offload_ofmap_burst:
            begin
                ifmap_ready<=ifmap_ready;
                wght_ready<=wght_ready;
                op_done<=1'b0;
                ifmap_addrin<=10'd0;
                wght_addrin<=10'd0;
                Iridx<={3'd0,padr};
                Icidx<={3'd0,padc};
                Psplitidx<=10'd0;
                slc_iaddrb_ps<=10'd0;
                slc_iaddrb_ic<=10'd0;
                fill_step<=2'd0;
                rdydly<=rdydly;
                wr_cache<=1'b1;
                ifmapcmplt<=1'b0;

                if (!ip2bus_mstwr_src_rdy_n && !bus2ip_mstwr_dst_rdy_n) 
                begin
                    ofmap_addrin<=ofmap_addrin+1'b1;
                    burst_cnt<=ofmap_addrin;
                    write_halt<=1'b0;
                end 
                else 
                begin
                    ofmap_addrin<=ofmap_addrin;
                    burst_cnt<=burst_cnt;
                    write_halt<=1'b1;
                end
            end
            offload_ofmap_cmplt:
            begin
                ifmap_ready<=ifmap_ready;
                wght_ready<=wght_ready;
                op_done<=1'b1;
                ifmap_addrin<=10'd0;
                wght_addrin<=10'd0;
                ofmap_addrin<=10'd0;
                Iridx<={3'd0,padr};
                Icidx<={3'd0,padc};
                Psplitidx<=10'd0;
                slc_iaddrb_ps<=10'd0;
                slc_iaddrb_ic<=10'd0;
                fill_step<=2'd0;
                rdydly<=rdydly;
                burst_cnt<=ofmap_addrin;
                write_halt<=1'b0;
                wr_cache<=1'b0;
                ifmapcmplt<=1'b0;
            end
            default: 
            begin
                ifmap_ready<=ifmap_ready;
                wght_ready<=wght_ready;
                op_done<=op_done;
                ifmap_addrin<=10'd0;
                wght_addrin<=10'd0;
                ofmap_addrin<=10'd0;
                Iridx<={3'd0,padr};
                Icidx<={3'd0,padc};
                Psplitidx<=10'd0;
                slc_iaddrb_ps<=10'd0;
                slc_iaddrb_ic<=10'd0;
                fill_step<=2'd0;
                rdydly<=rdydly;
                burst_cnt<=ofmap_addrin;
                write_halt<=1'b0;
                wr_cache<=1'b0;
                ifmapcmplt<=1'b0;
            end
        endcase
    end
end



endmodule